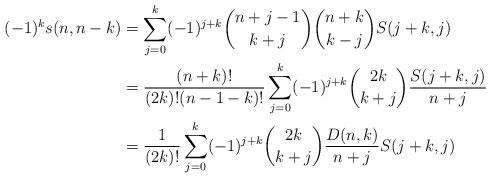
LaTeX: \begin{align*}(-1)^ks(n,n-k) &= \sum_{j=0}^k(-1)^{j+k}\binom{n+j-1}{k+j}\binom{n+k}{k-j}S(j+k,j)\\&= \frac{(n+k)!}{(2k)!(n-1-k)!}\sum_{j=0}^k(-1)^{j+k}\binom{2k}{k+j}\frac{S(j+k,j)}{n+j}\\&= \frac{1}{(2k)!}\sum_{j=0}^k(-1)^{j+k}\binom{2k}{k+j}\frac{D(n,k)}{n+j}S(j+k,j)\end{align*}